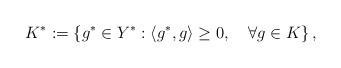
LaTeX: \begin{align*}K^* := \left\{ g^*\in Y^* : \langle g^*, g\rangle \geq 0, \quad\forall g \in K \right\},\end{align*}